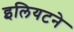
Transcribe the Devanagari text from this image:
इलियटने